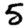
Digit: 5